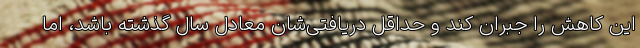
این کاهش را جبران کند و حداقل دریافتی‌شان معادل سال گذشته باشد، اما